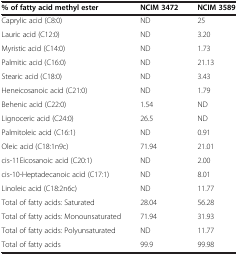
<table><thead><tr><td><b>% of fatty acid methyl ester</b></td><td><b>NCIM 3472</b></td><td><b>NCIM 3589</b></td></tr></thead><tbody><tr><td>Caprylic acid (C8:0)</td><td>ND</td><td>25</td></tr><tr><td>Lauric acid (C12:0)</td><td>ND</td><td>3.20</td></tr><tr><td>Myristic acid (C14:0)</td><td>ND</td><td>1.73</td></tr><tr><td>Palmitic acid (C16:0)</td><td>ND</td><td>21.13</td></tr><tr><td>Stearic acid (C18:0)</td><td>ND</td><td>3.43</td></tr><tr><td>Heneicosanoic acid (C21:0)</td><td>ND</td><td>1.79</td></tr><tr><td>Behenic acid (C22:0)</td><td>1.54</td><td>ND</td></tr><tr><td>Lignoceric acid (C24:0)</td><td>26.5</td><td>ND</td></tr><tr><td>Palmitoleic acid (C16:1)</td><td>ND</td><td>0.91</td></tr><tr><td>Oleic acid (C18:1n9c)</td><td>71.94</td><td>21.01</td></tr><tr><td>cis-11Eicosanoic acid (C20:1)</td><td>ND</td><td>2.00</td></tr><tr><td>cis-10-Heptadecanoic acid (C17:1)</td><td>ND</td><td>8.01</td></tr><tr><td>Linoleic acid (C18:2n6c)</td><td>ND</td><td>11.77</td></tr><tr><td>Total of fatty acids: Saturated</td><td>28.04</td><td>56.28</td></tr><tr><td>Total of fatty acids: Monounsaturated</td><td>71.94</td><td>31.93</td></tr><tr><td>Total of fatty acids: Polyunsaturated</td><td>ND</td><td>11.77</td></tr><tr><td>Total of fatty acids</td><td>99.9</td><td>99.98</td></tr></tbody></table>